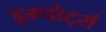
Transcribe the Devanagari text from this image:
इम्पोर्ट्स